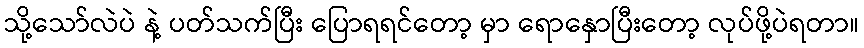
သို့သော်လဲပဲ နဲ့ ပတ်သက်ပြီး ပြောရရင်တော့ မှာ ရောနှောပြီးတော့ လုပ်ဖို့ပဲရတာ။